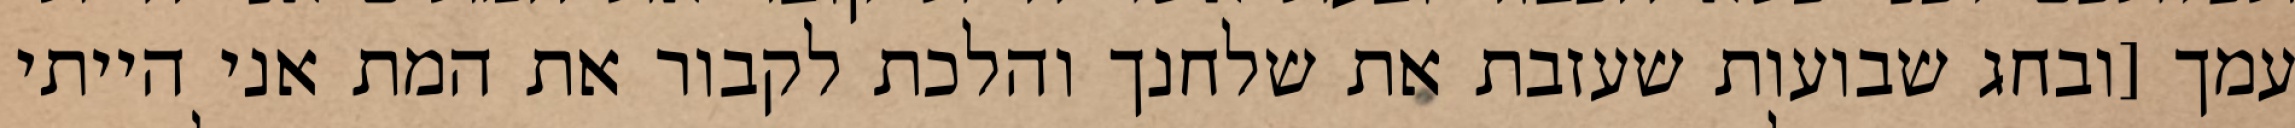
עמך [ובחג שבועות שעזבת את שלחנך והלכת לקבור את המת אני הייתי